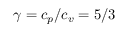
\gamma = c _ { p } / c _ { v } = 5 / 3